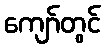
ကျော်တွင်